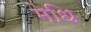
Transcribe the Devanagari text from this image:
मेधि